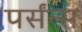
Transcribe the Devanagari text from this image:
पर्संन्स